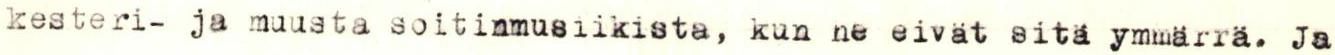
kesteri- ja muusta soitinmusiikista, kun ne eivät sitä ymmärrä. Ja